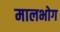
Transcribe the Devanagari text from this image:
मालभोग